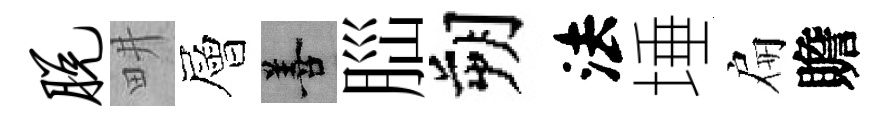
脱畊層善𦛁朔法埵扁贍